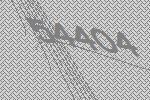
54404